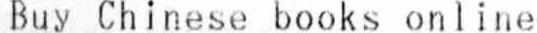
BUY CHINESE BOOKS ONLINE